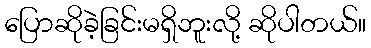
ပြောဆိုခဲ့ခြင်းမရှိဘူးလို့ ဆိုပါတယ်။